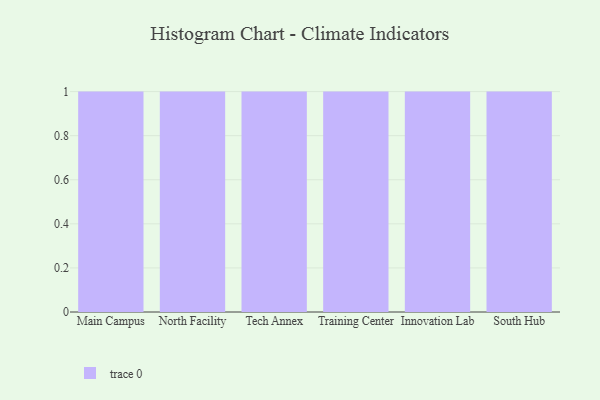
{"axis": {"x": "Campus", "y": "Headcount"}, "legend": [""], "data": [{"x": "Main Campus", "y": 48, "type": ""}, {"x": "North Facility", "y": 98, "type": ""}, {"x": "Tech Annex", "y": 62, "type": ""}, {"x": "Training Center", "y": 20, "type": ""}, {"x": "Innovation Lab", "y": 64, "type": ""}, {"x": "South Hub", "y": 84, "type": ""}]}